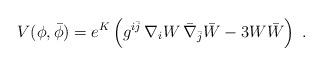
LaTeX: \begin{align*}V(\phi,\bar{\phi}) = e^{ K}\left(g^{i\bar{j}} \, \nabla_i W\, \bar{\nabla}_{\bar{j}} \bar{W} - 3 W \bar{W} \right) \;. \end{align*}